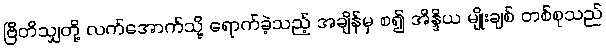
ဗြိတိသျှတို့ လက်အောက်သို့ ရောက်ခဲ့သည့် အချိန်မှ စ၍ အိန္ဒိယ မျိုးချစ် တစ်စုသည်